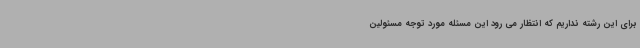
برای این رشته نداریم که انتظار می رود این مسئله مورد توجه مسئولین